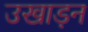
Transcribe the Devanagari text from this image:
उखाड़न